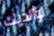
لوالديك